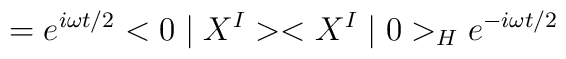
=e^{i\omega t/2} <0\mid X^{I}><X^{I}\mid 0>_{H}e^{-i\omega t/2}